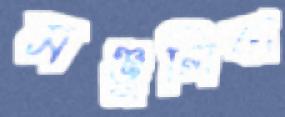
মঞ্জুলিকা